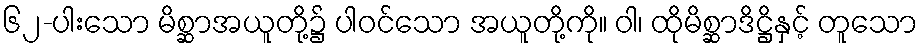
၆၂-ပါးသော မိစ္ဆာအယူတို့၌ ပါဝင်သော အယူတို့ကို။ ဝါ၊ ထိုမိစ္ဆာဒိဋ္ဌိနှင့် တူသော